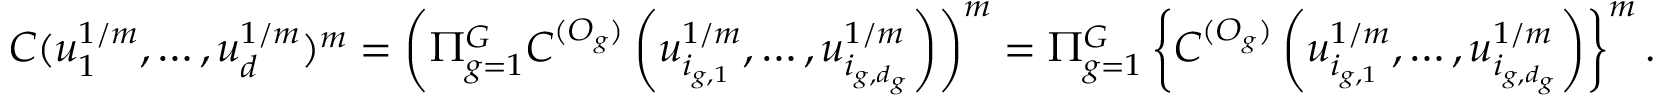
C ( u _ { 1 } ^ { 1 / m } , \dots , u _ { d } ^ { 1 / m } ) ^ { m } = \left( \Pi _ { g = 1 } ^ { G } C ^ { ( O _ { g } ) } \left( u _ { i _ { g , 1 } } ^ { 1 / m } , \dots , u _ { i _ { g , d _ { g } } } ^ { 1 / m } \right) \right) ^ { m } = \Pi _ { g = 1 } ^ { G } \left\{ C ^ { ( O _ { g } ) } \left( u _ { i _ { g , 1 } } ^ { 1 / m } , \dots , u _ { i _ { g , d _ { g } } } ^ { 1 / m } \right) \right\} ^ { m } .